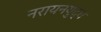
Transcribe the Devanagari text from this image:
नरायनयुद्ध